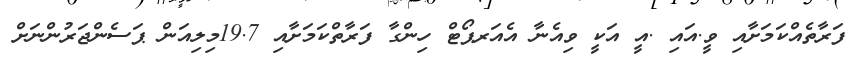
ފަރާތެއްކަމަށާއި ވީ.އައި .އީ އަކީ ވިއެނާ އެއަރޕޯޓް ހިންގާ ފަރާތްކަމަށާއި 19.7މިލިއަން ޕަސެންޖަރުންނަށް